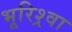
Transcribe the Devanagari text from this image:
भूरिश्र्वा